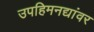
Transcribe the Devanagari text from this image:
उपहिमनद्यांवर